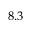
8 . 3